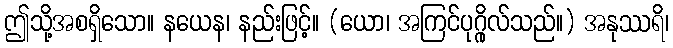
ဤသို့အစရှိသော။ နယေန၊ နည်းဖြင့်။ (ယော၊ အကြင်ပုဂ္ဂိုလ်သည်။) အနုဿရိ၊